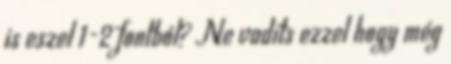
is eszel 1-2 fontból? Ne vadíts ezzel hogy még